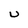
Character: U